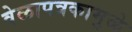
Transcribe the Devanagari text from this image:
वेळापत्रकामुळे